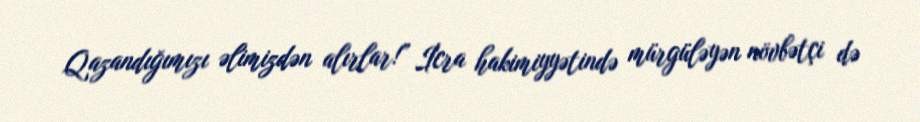
Qazandığımızı əlimizdən alırlar!” İcra hakimiyyətində mürgüləyən növbətçi də